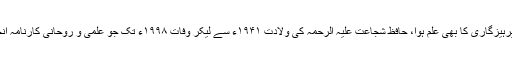
وہیں والدہ ماجدہ کے ورع وپرہیزگاری کا بھی علم ہوا، حافظ شُجاعت علیہ الرحمہ کی ولادت ۱۹۴۱ء سے لیکر وفات ۱۹۹۸ء تک جو علمی و روحانی کارنامہ انجام پایا وہ انتہائی تابناک ہے۔